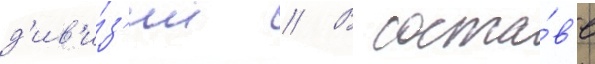
д'ив'и́з'ии // В соста́в'е